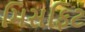
મિસફિટ